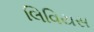
લિવિયસ